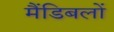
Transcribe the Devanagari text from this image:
मैंडिबलों